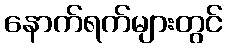
နောက်ရက်များတွင်